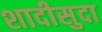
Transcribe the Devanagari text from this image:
शादीसुदा